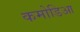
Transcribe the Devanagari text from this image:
कमोडिआ